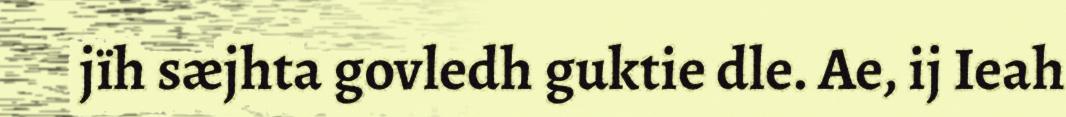
jïh sæjhta govledh guktie dle. Ae, ij Ieah